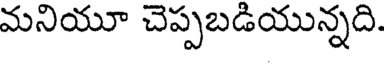
మనియూ చెప్పబడియున్నది.